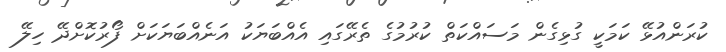
ކުރަންއުޅޭ ކަމަކީ ގުޅިގެން މަސައްކަތް ކުރުމުގެ ތެރޭގައި އެއްބަޔަކު އަނެއްބަޔަކަށް ފޯރުކޮށްދޭ ހިލޭ